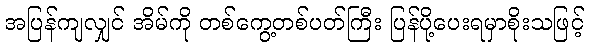
အပြန်ကျလျှင် အိမ်ကို တစ်ကွေ့တစ်ပတ်ကြီး ပြန်ပို့ပေးရမှာစိုးသဖြင့်